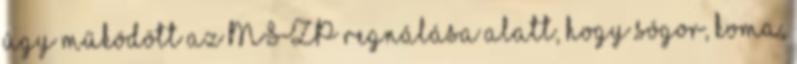
úgy működött az MSZP regnálása alatt, hogy sógor, koma,